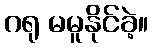
ဂရု မမူနိုင်ခဲ့။